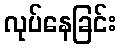
လုပ်နေခြင်း